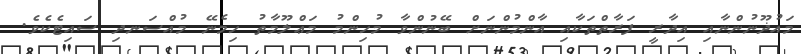
މައުޛޫނުންނާއި އިދާރީ ފަރާތްތަކާއި އާންމުންނަށް ބޭނުންވާ މުހިންމު މަޢްލޫމާތު ހިމެނޭ މުއްސަނދި ސައިޓެކެވެ.